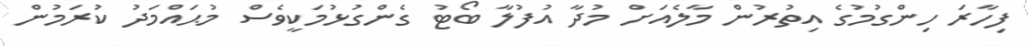
ފިހާރަ ހިންގުމުގެ އިތުރުން މާލެއަށް މުދާ އުފުލާ ބޯޓު ގެންގުޅުމަކީވެސް މުޙައްމަދު ކުރަމުން